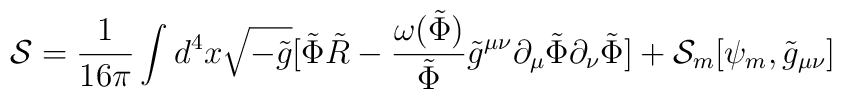
{\cal{S}} = \frac{1}{16 \pi} \int d^4 x \sqrt{-\tilde{g}} [ \tilde{\Phi} \tilde{R} - \frac{\omega(\tilde{\Phi})}{\tilde{\Phi}}\tilde{g} ^{\mu \nu} \partial _{\mu} \tilde{\Phi} \partial _{\nu} \tilde{\Phi} ] + {\cal{S}} _{m} [\psi _m, \tilde{g} _{\mu \nu}]